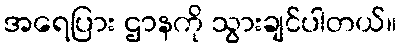
အရေပြား ဌာနကို သွားချင်ပါတယ်။